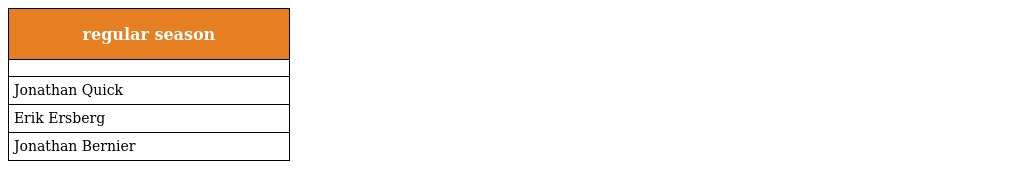
| regular season |
 | --- |
 |  |
 | Jonathan Quick |
 | Erik Ersberg |
 | Jonathan Bernier |